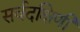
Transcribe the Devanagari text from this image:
सर्वदक्षिणी